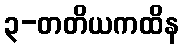
၃-တတိယကထိန